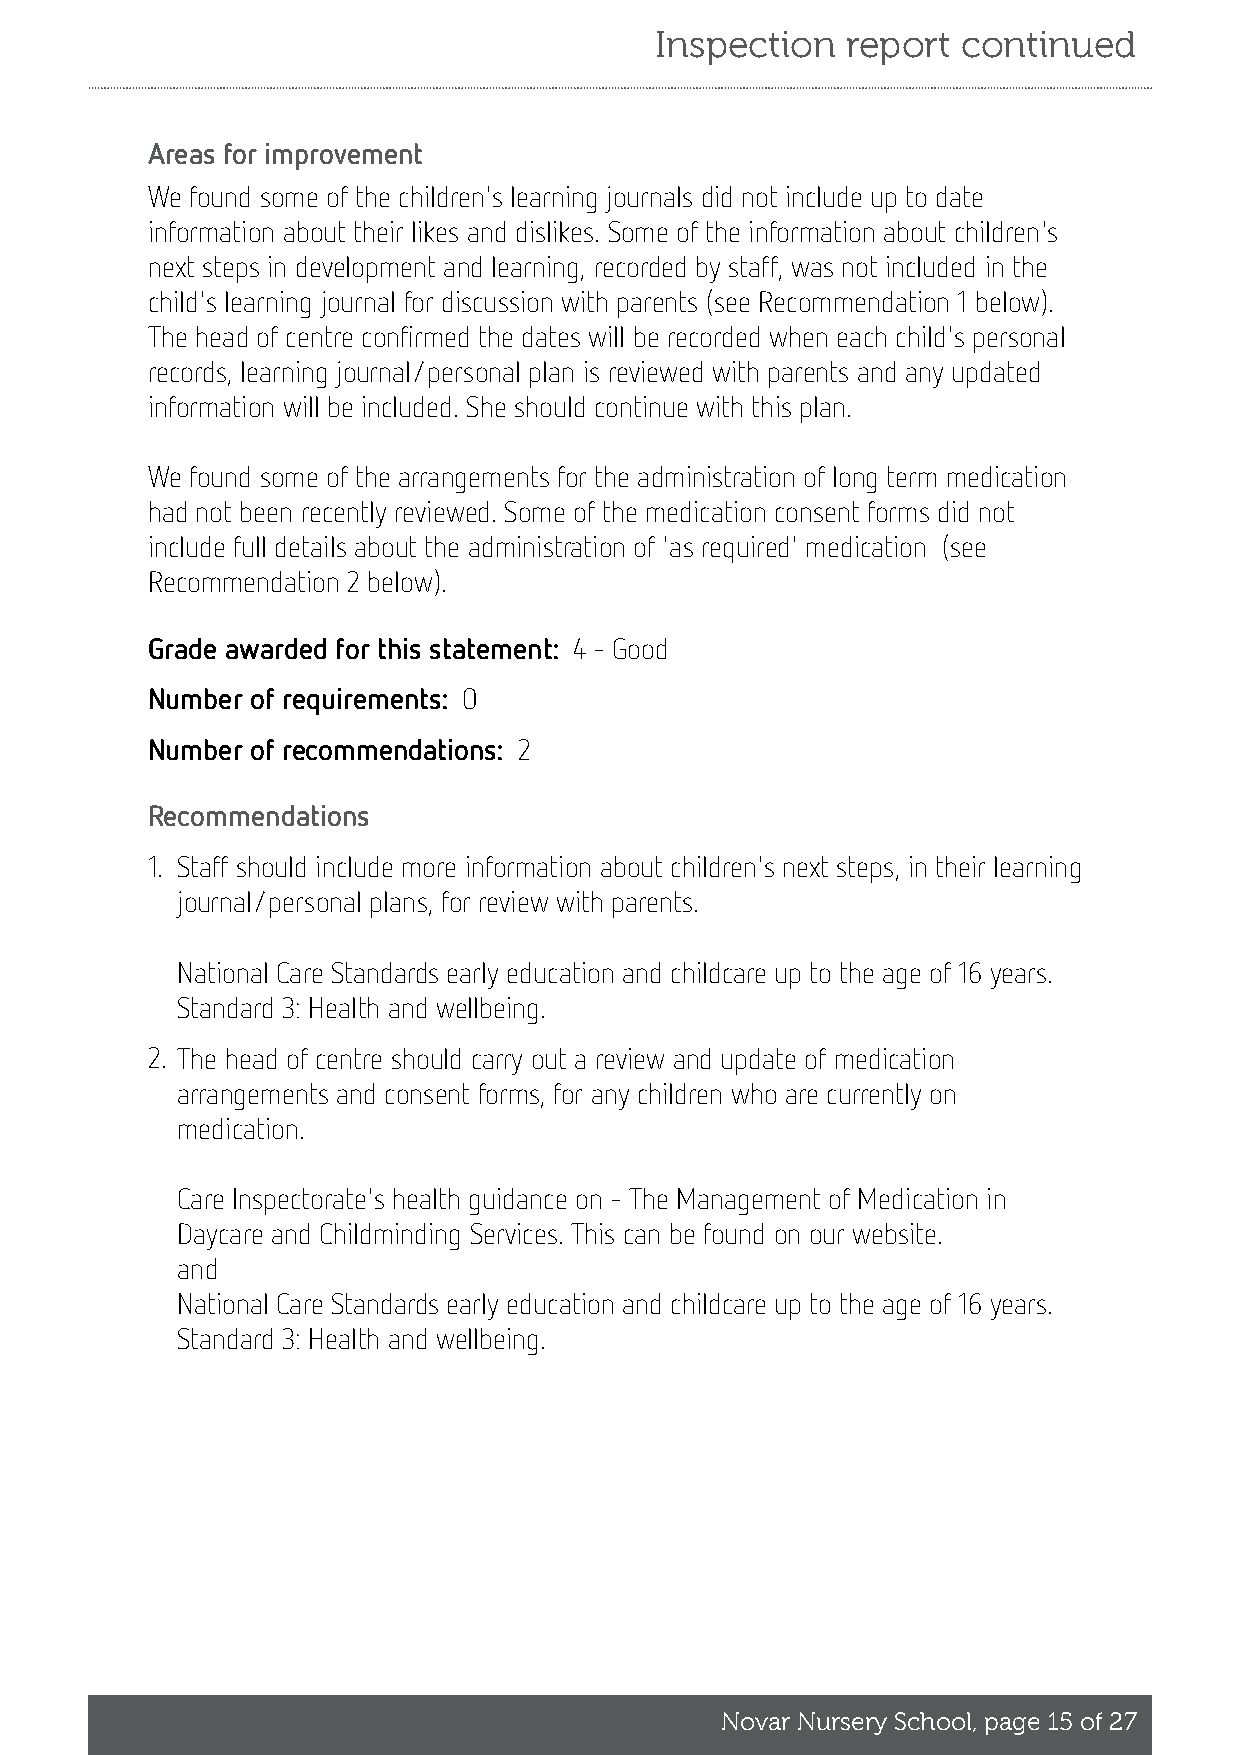
Inspection   report  continued
 Areas for improvement
 We found some of the children's learning journals did not include up to date
 information about their likes and dislikes. Some of the information about children's
 next steps in development and learning, recorded by staff, was not included in the
 child's learning journal for discussion with parents (see Recommendation 1 below).
 The head of centre confirmed the dates will be recorded when each child's personal
 records, learning journal/personal plan is reviewed with parents and any updated
 information will be included. She should continue with this plan.
 We found some of the arrangements for the administration of long term medication
 had not been recently reviewed. Some of the medication consent forms did not
 include full details about the administration of 'as required' medication (see
 Recommendation 2 below).
 Grade awarded for this statement: 4 - Good
 Number of requirements: 0
 Number of recommendations: 2
 Recommendations
 1. Staff should include more information about children's next steps, in their learning
 journal/personal plans, for review with parents.
 National Care Standards early education and childcare up to the age of 16 years.
 Standard 3: Health and wellbeing.
 2. The head of centre should carry out a review and update of medication
 arrangements and consent forms, for any children who are currently on
 medication.
 Care Inspectorate's health guidance on - The Management of Medication in
 Daycare and Childminding Services. This can be found on our website.
 and
 National Care Standards early education and childcare up to the age of 16 years.
 Standard 3: Health and wellbeing.
 Novar Nursery School, page 15 of 27